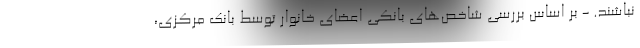
نباشند. - بر اساس بررسی شاخص‌های بانکی اعضای خانوار توسط بانک مرکزی،